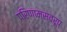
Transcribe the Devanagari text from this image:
परिणामस्वरूप्